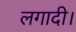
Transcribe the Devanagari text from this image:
लगादी।